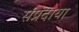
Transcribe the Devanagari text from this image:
संप्रदाया